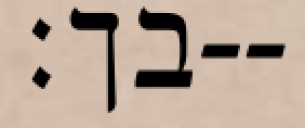
בך׃--